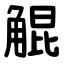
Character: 䚠